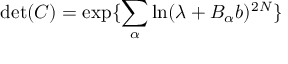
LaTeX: \operatorname * { d e t } ( C ) = \exp \{ \sum _ { \alpha } \ln ( \lambda + B _ { \alpha } b ) ^ { 2 N } \}